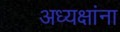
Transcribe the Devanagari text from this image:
अध्यक्षांना